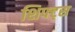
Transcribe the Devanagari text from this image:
शिफ्ट्स